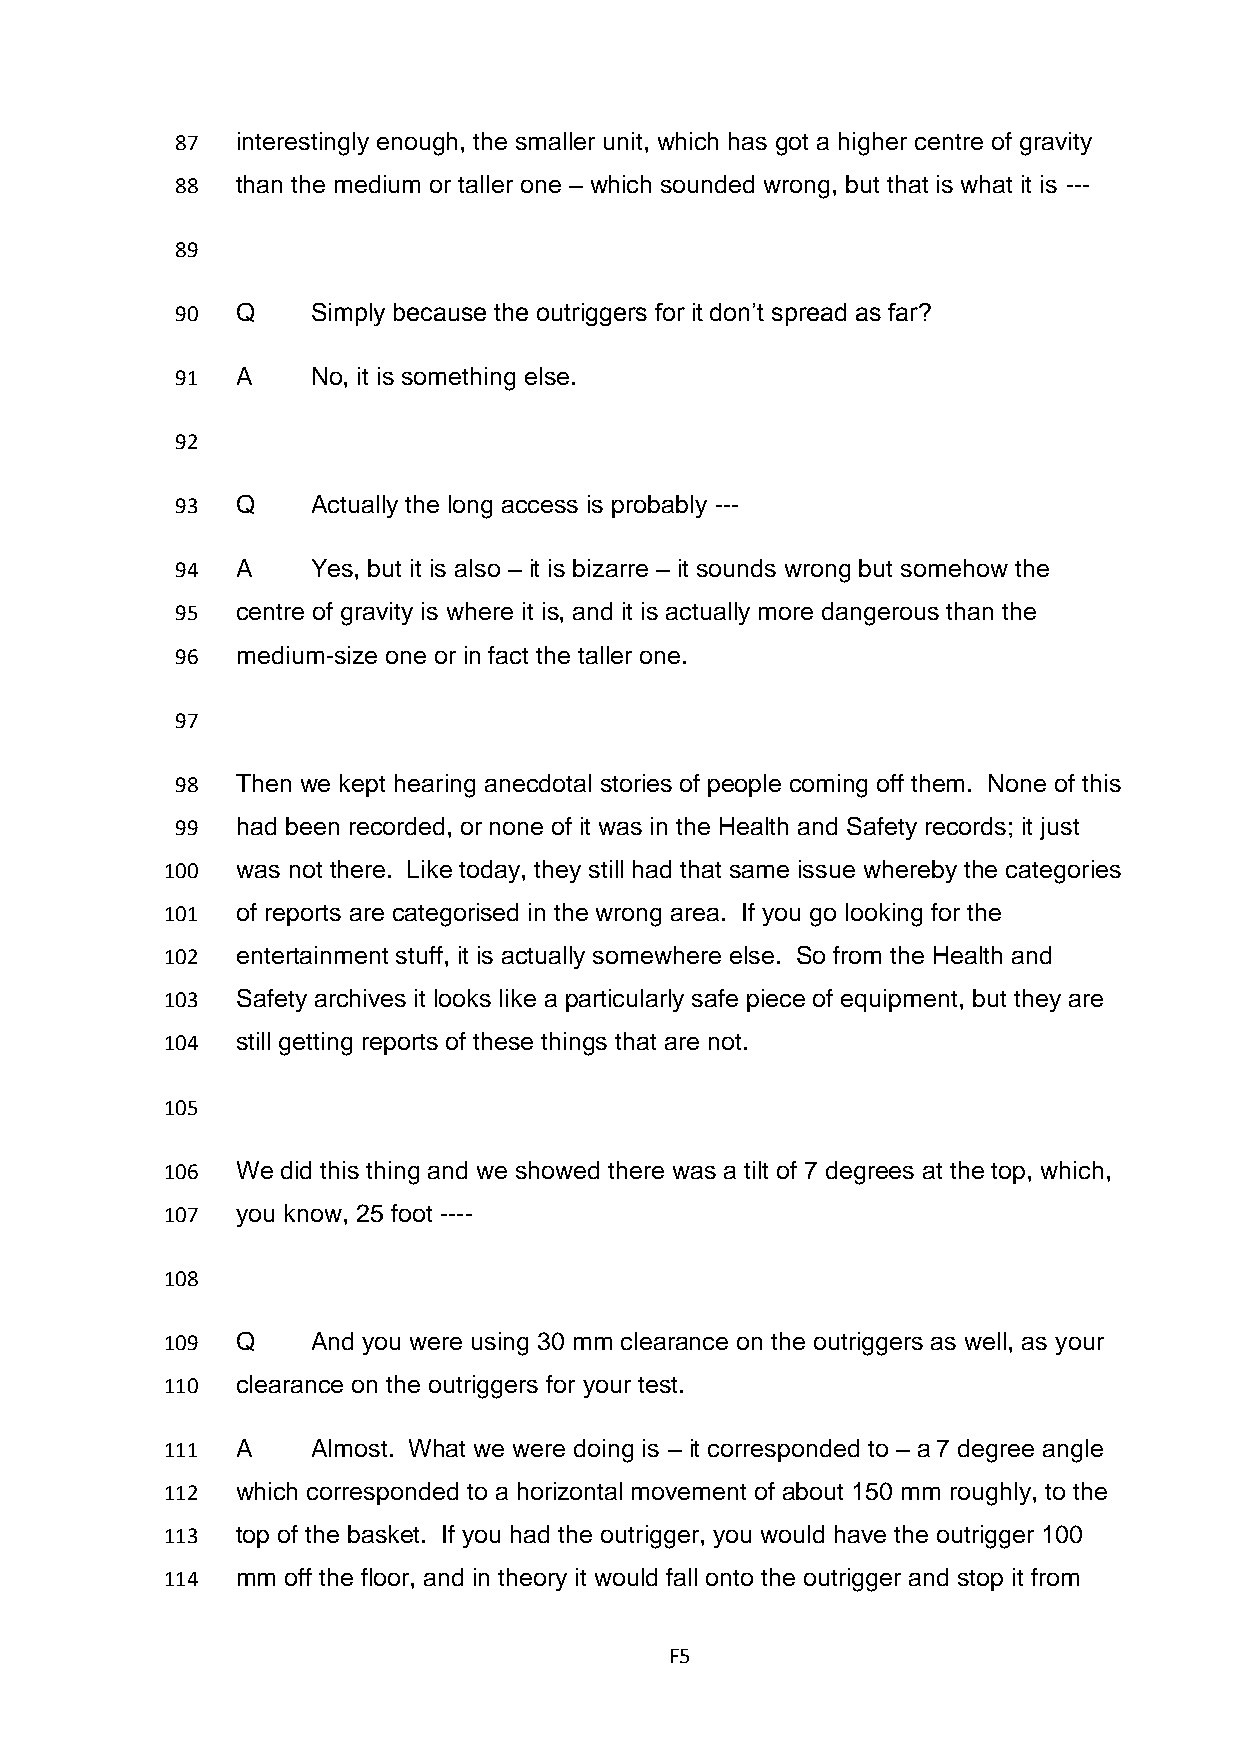
87  interestingly enough, the smaller unit, which has got a higher centre of gravity
 88  than the medium or taller one – which sounded wrong, but that is what it is ---
 89
 90  Q    Simply because the outriggers for it don’t spread as far?
 91  A    No, it is something else.
 92
 93  Q    Actually the long access is probably ---
 94  A    Yes, but it is also – it is bizarre – it sounds wrong but somehow the
 95  centre of gravity is where it is, and it is actually more dangerous than the
 96  medium-size one or in fact the taller one.
 97
 98  Then we kept hearing anecdotal stories of people coming off them. None of this
 99  had been recorded, or none of it was in the Health and Safety records; it just
 100  was not there. Like today, they still had that same issue whereby the categories
 101  of reports are categorised in the wrong area. If you go looking for the
 102  entertainment stuff, it is actually somewhere else. So from the Health and
 103  Safety archives it looks like a particularly safe piece of equipment, but they are
 104  still getting reports of these things that are not.
 105
 106  We did this thing and we showed there was a tilt of 7 degrees at the top, which,
 107  you know, 25 foot ----
 108
 109  Q    And you were using 30 mm clearance on the outriggers as well, as your
 110  clearance on the outriggers for your test.
 111  A    Almost. What we were doing is – it corresponded to – a 7 degree angle
 112  which corresponded to a horizontal movement of about 150 mm roughly, to the
 113  top of the basket. If you had the outrigger, you would have the outrigger 100
 114  mm off the floor, and in theory it would fall onto the outrigger and stop it from
 F5